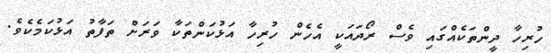
ހުރިހާ ދީންތަކެއްގައި ވެސް ރޯދައަކީ އެހެން ހުރިހާ އަޅުކަންތަކާ ވަރަށް ތަފާތު އަޅުކަމެކެވެ.